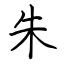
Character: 朱